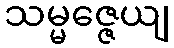
သမ္မဇ္ဇေယျ